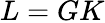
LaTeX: L=GK